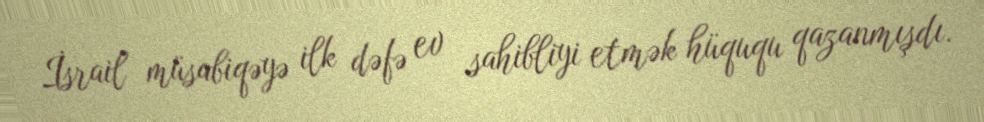
İsrail müsabiqəyə ilk dəfə ev sahibliyi etmək hüququ qazanmışdı.